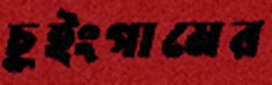
চুইংগামের